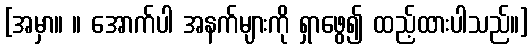
[အမှာ။ ။ အောက်ပါ အနက်များကို ရှာဖွေ၍ ထည့်ထားပါသည်။]